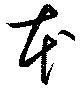
本